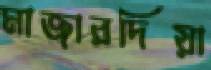
মাজারদিয়া